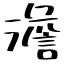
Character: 澹